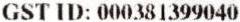
GST ID: 000381399040